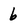
Character: 6